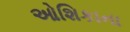
ઓશિકાના